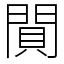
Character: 閴